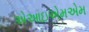
એઆઇએમએમ